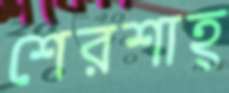
শেরশাহ্